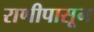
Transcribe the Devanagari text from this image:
राणीपासून